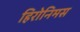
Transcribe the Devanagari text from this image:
हिरोनिमस